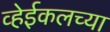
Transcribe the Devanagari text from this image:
व्हेईकलच्या